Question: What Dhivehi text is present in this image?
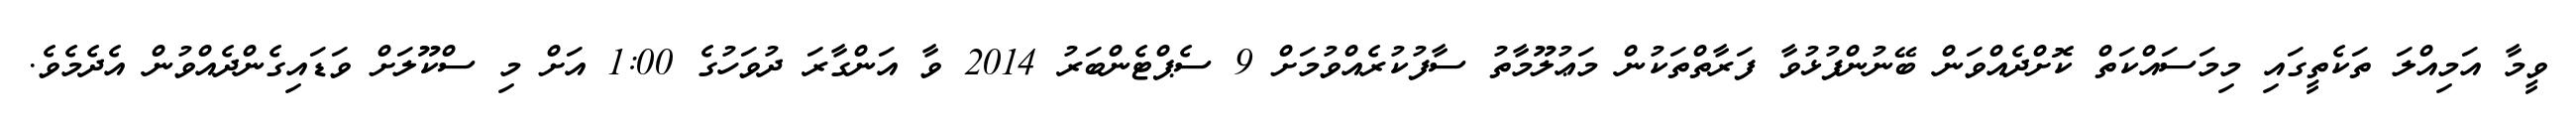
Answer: ވީމާ އަމިއްލަ ތަކެތީގައި މިމަސައްކަތް ކޮށްދެއްވަން ބޭނުންފުޅުވާ ފަރާތްތަކުން މަޢުލޫމާތު ސާފުކުރެއްވުމަށް 9 ސެޕްޓެންބަރު 2014 ވާ އަންގާރަ ދުވަހުގެ 1:00 އަށް މި ސްކޫލަށް ވަޑައިގެންދެއްވުން އެދެމެވެ.